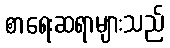
စာရေးဆရာများသည်